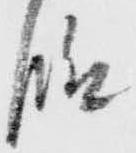
段